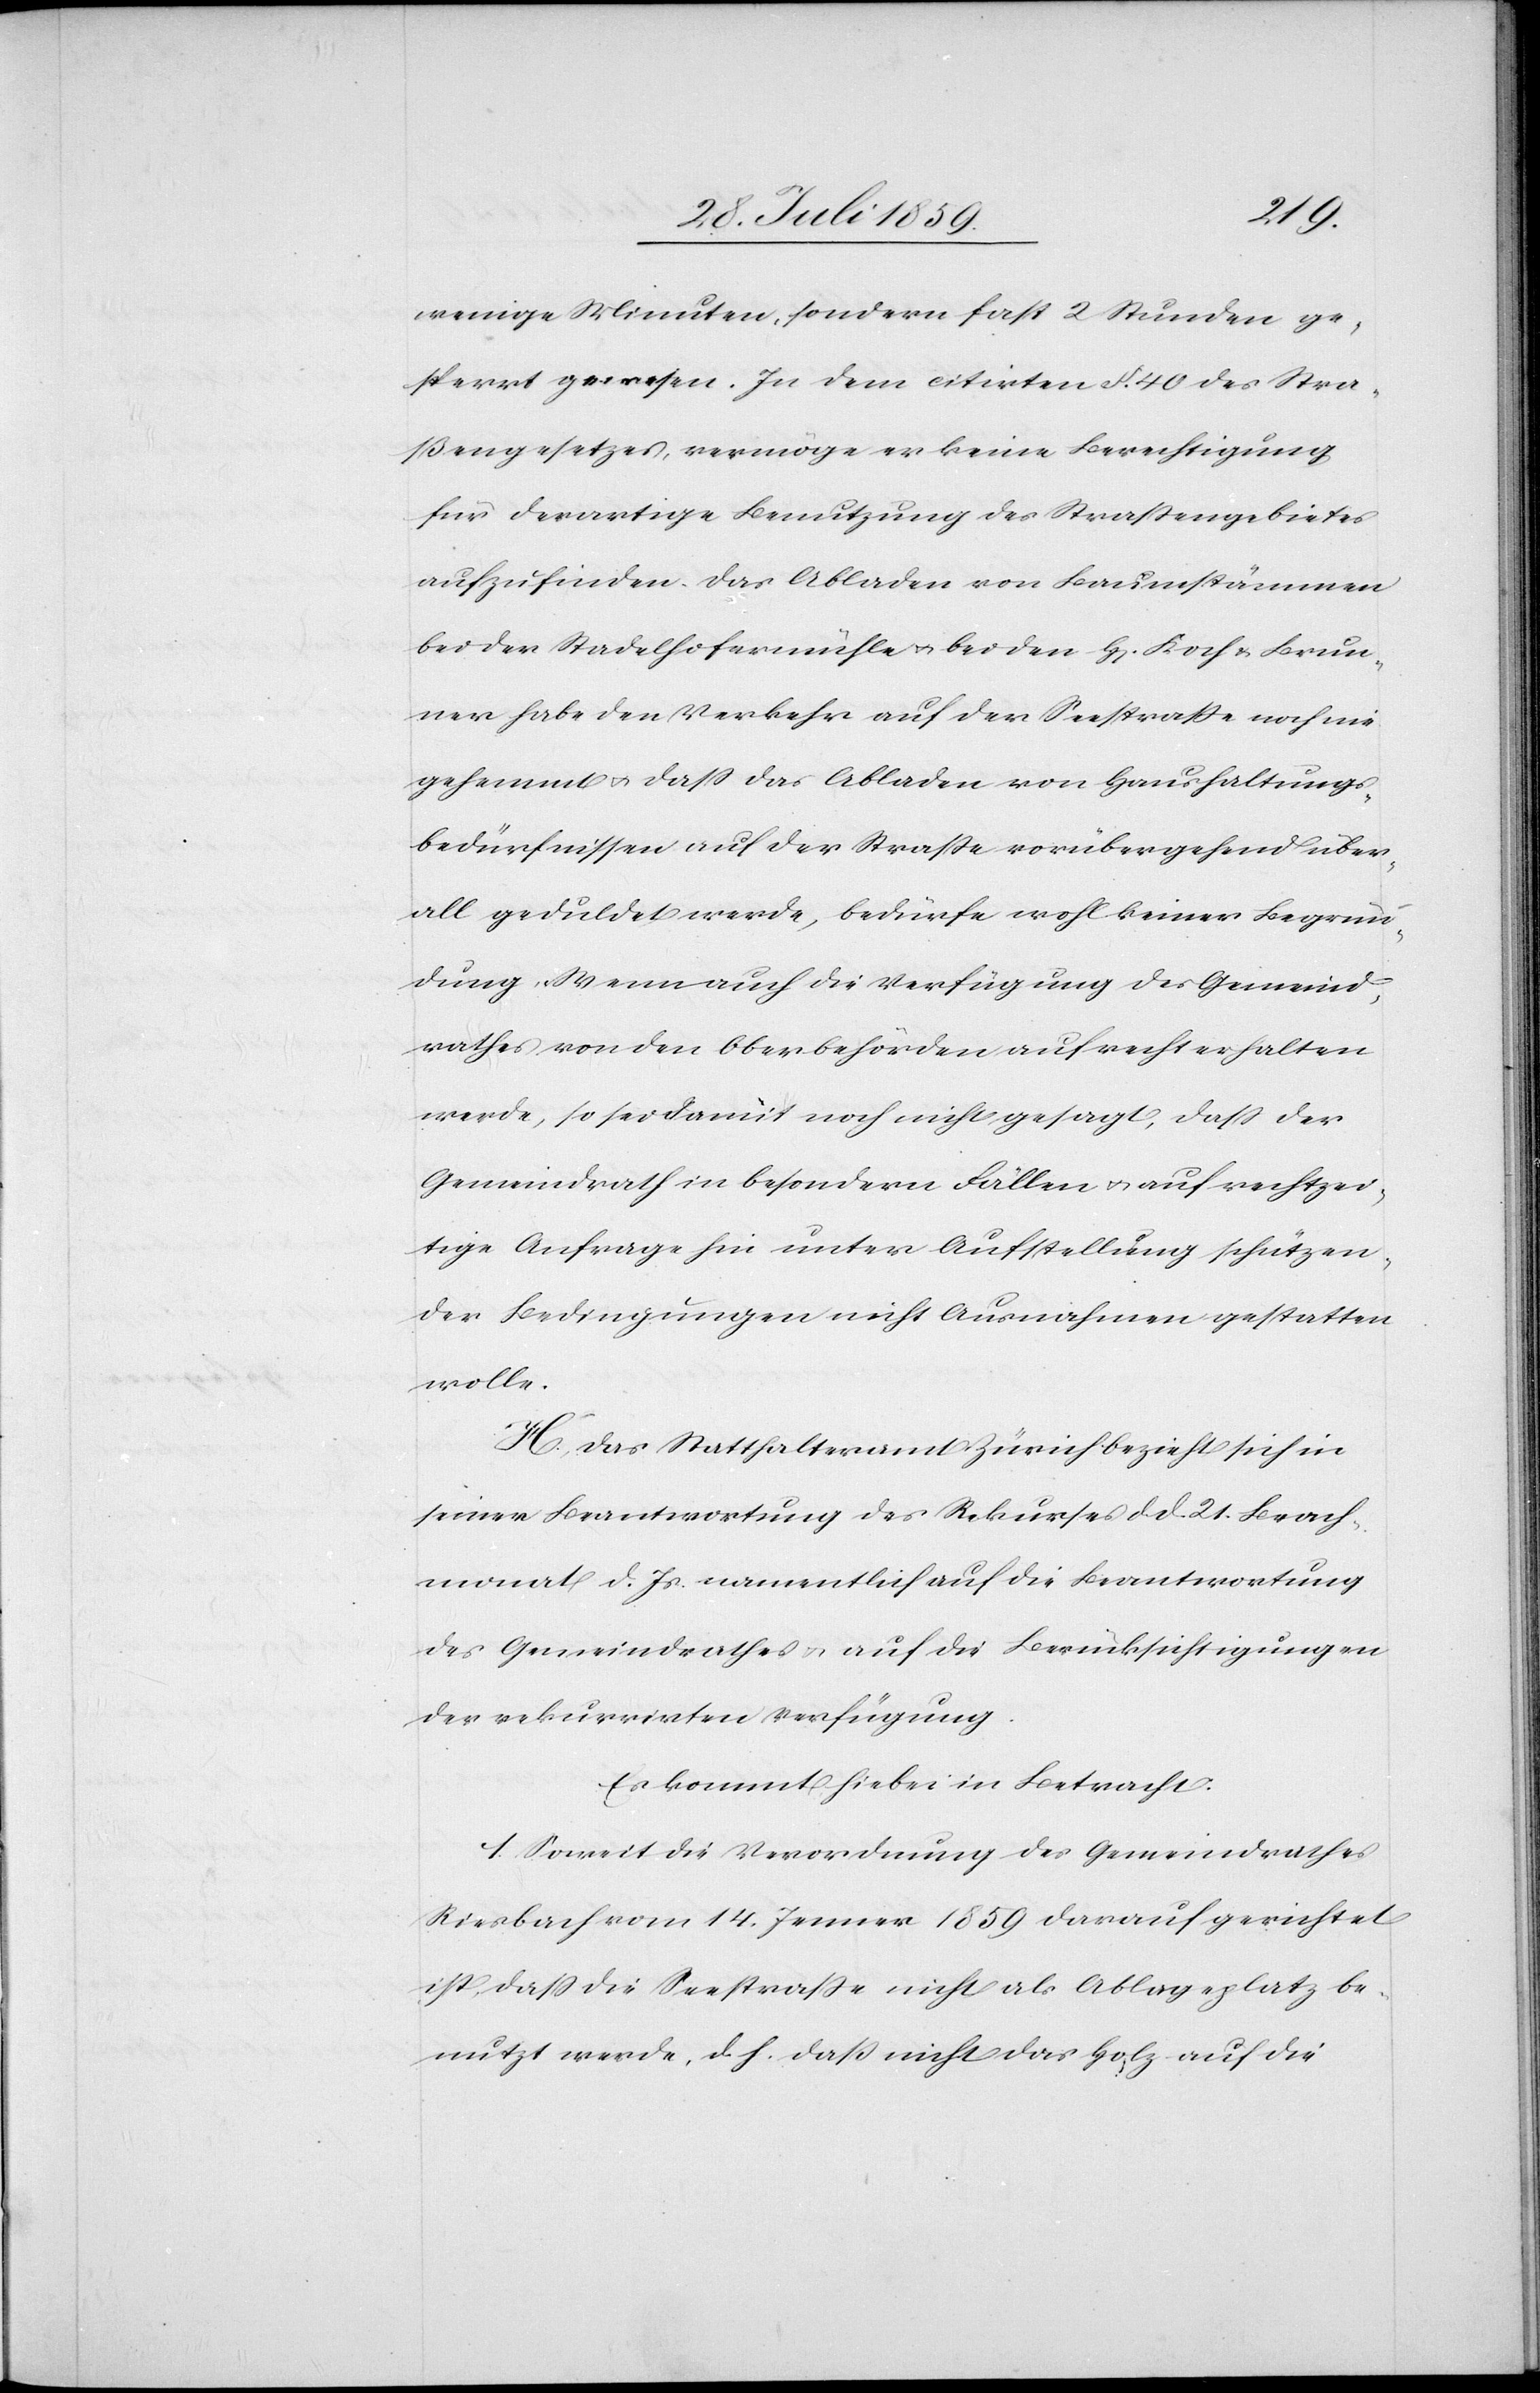
wenige Minuten, sondern fast 2 Stunden ge¬
sperrt gewesen. In dem citirten §. 40 des Stra¬
ßengesetzes, vermöge er keine Berechtigung
für derartige Benutzung des Straßengebietes
aufzufinden. Das Abladen von Baumstämmen
bei der Stadelhofermühle u. bei den H[erren] Koch u. Brun¬
ner habe den Verkehr auf der Seestraße noch nie
gehemmt u. daß das Abladen von Haushaltungs¬
bedürfnissen auf der Straße vorübergehend über¬
all geduldet werde, bedürfe wohl keiner Begrün¬
dung. Wenn auch die Verfügung des Gemeind¬
rathes von den Oberbehörden aufrecht erhalten
werde, so sei damit noch nicht gesagt, daß der
Gemeindrath in besondern Fällen u. auf rechtzei¬
tige Anfrage hin unter Aufstellung schützen¬
der Bedingungen nicht Ausnahmen gestatten
wolle.
H. Das Statthalteramt Zürich bezieht sich in
seiner Beantwortung des Rekurses d. d. 21. Brach¬
monat d. Js. namentlich auf die Beantwortung
des Gemeindrathes u. auf die Berücksichtigung an
der rekurrirten Verfügung.
Es kommt hiebei in Betracht:
1. Soweit die Verordnung des Gemeindrathes
Riesbach vom 14. Jenner 1859 darauf gerichtet
ist, daß die Seestraße nicht als Ablageplatz be¬
nutzt werde, d. h. daß nicht das Holz auf die